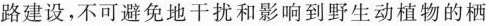
路建设，不可避免地干扰和影响到野生动植物的栖